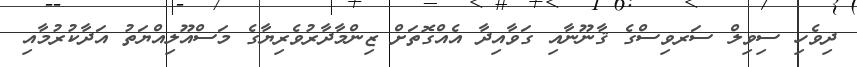
ދިވެހި ސިވިލް ސަރވިސްގެ ޤާނޫނާއި ގަވާއިދާ އެއްގޮތަށް ޒިންމާދާރުވެރިޔާގެ މަސްއޫލިއްޔަތު އަދާކުރުމާއި